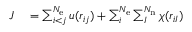
\begin{array} { r l } { J } & { { } = \sum _ { i < j } ^ { N _ { \mathrm { e } } } u ( r _ { i j } ) + \sum _ { i } ^ { N _ { \mathrm { e } } } \sum _ { I } ^ { N _ { \mathrm { n } } } \chi ( r _ { i I } ) } \end{array}